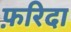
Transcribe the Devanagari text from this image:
फ़रिदा